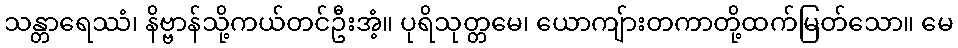
သန္တာရေဿံ၊ နိဗ္ဗာန်သို့ကယ်တင်ဦးအံ့။ ပုရိသုတ္တမေ၊ ယောကျ်ားတကာတို့ထက်မြတ်သော။ မေ